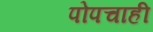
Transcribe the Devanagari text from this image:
पोपचाही